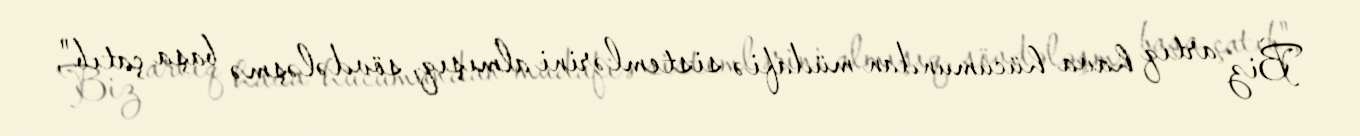
Biz artıq hava hücumundan müdafiə sistemlərini almışıq, sövdələşmə başa çatıb",